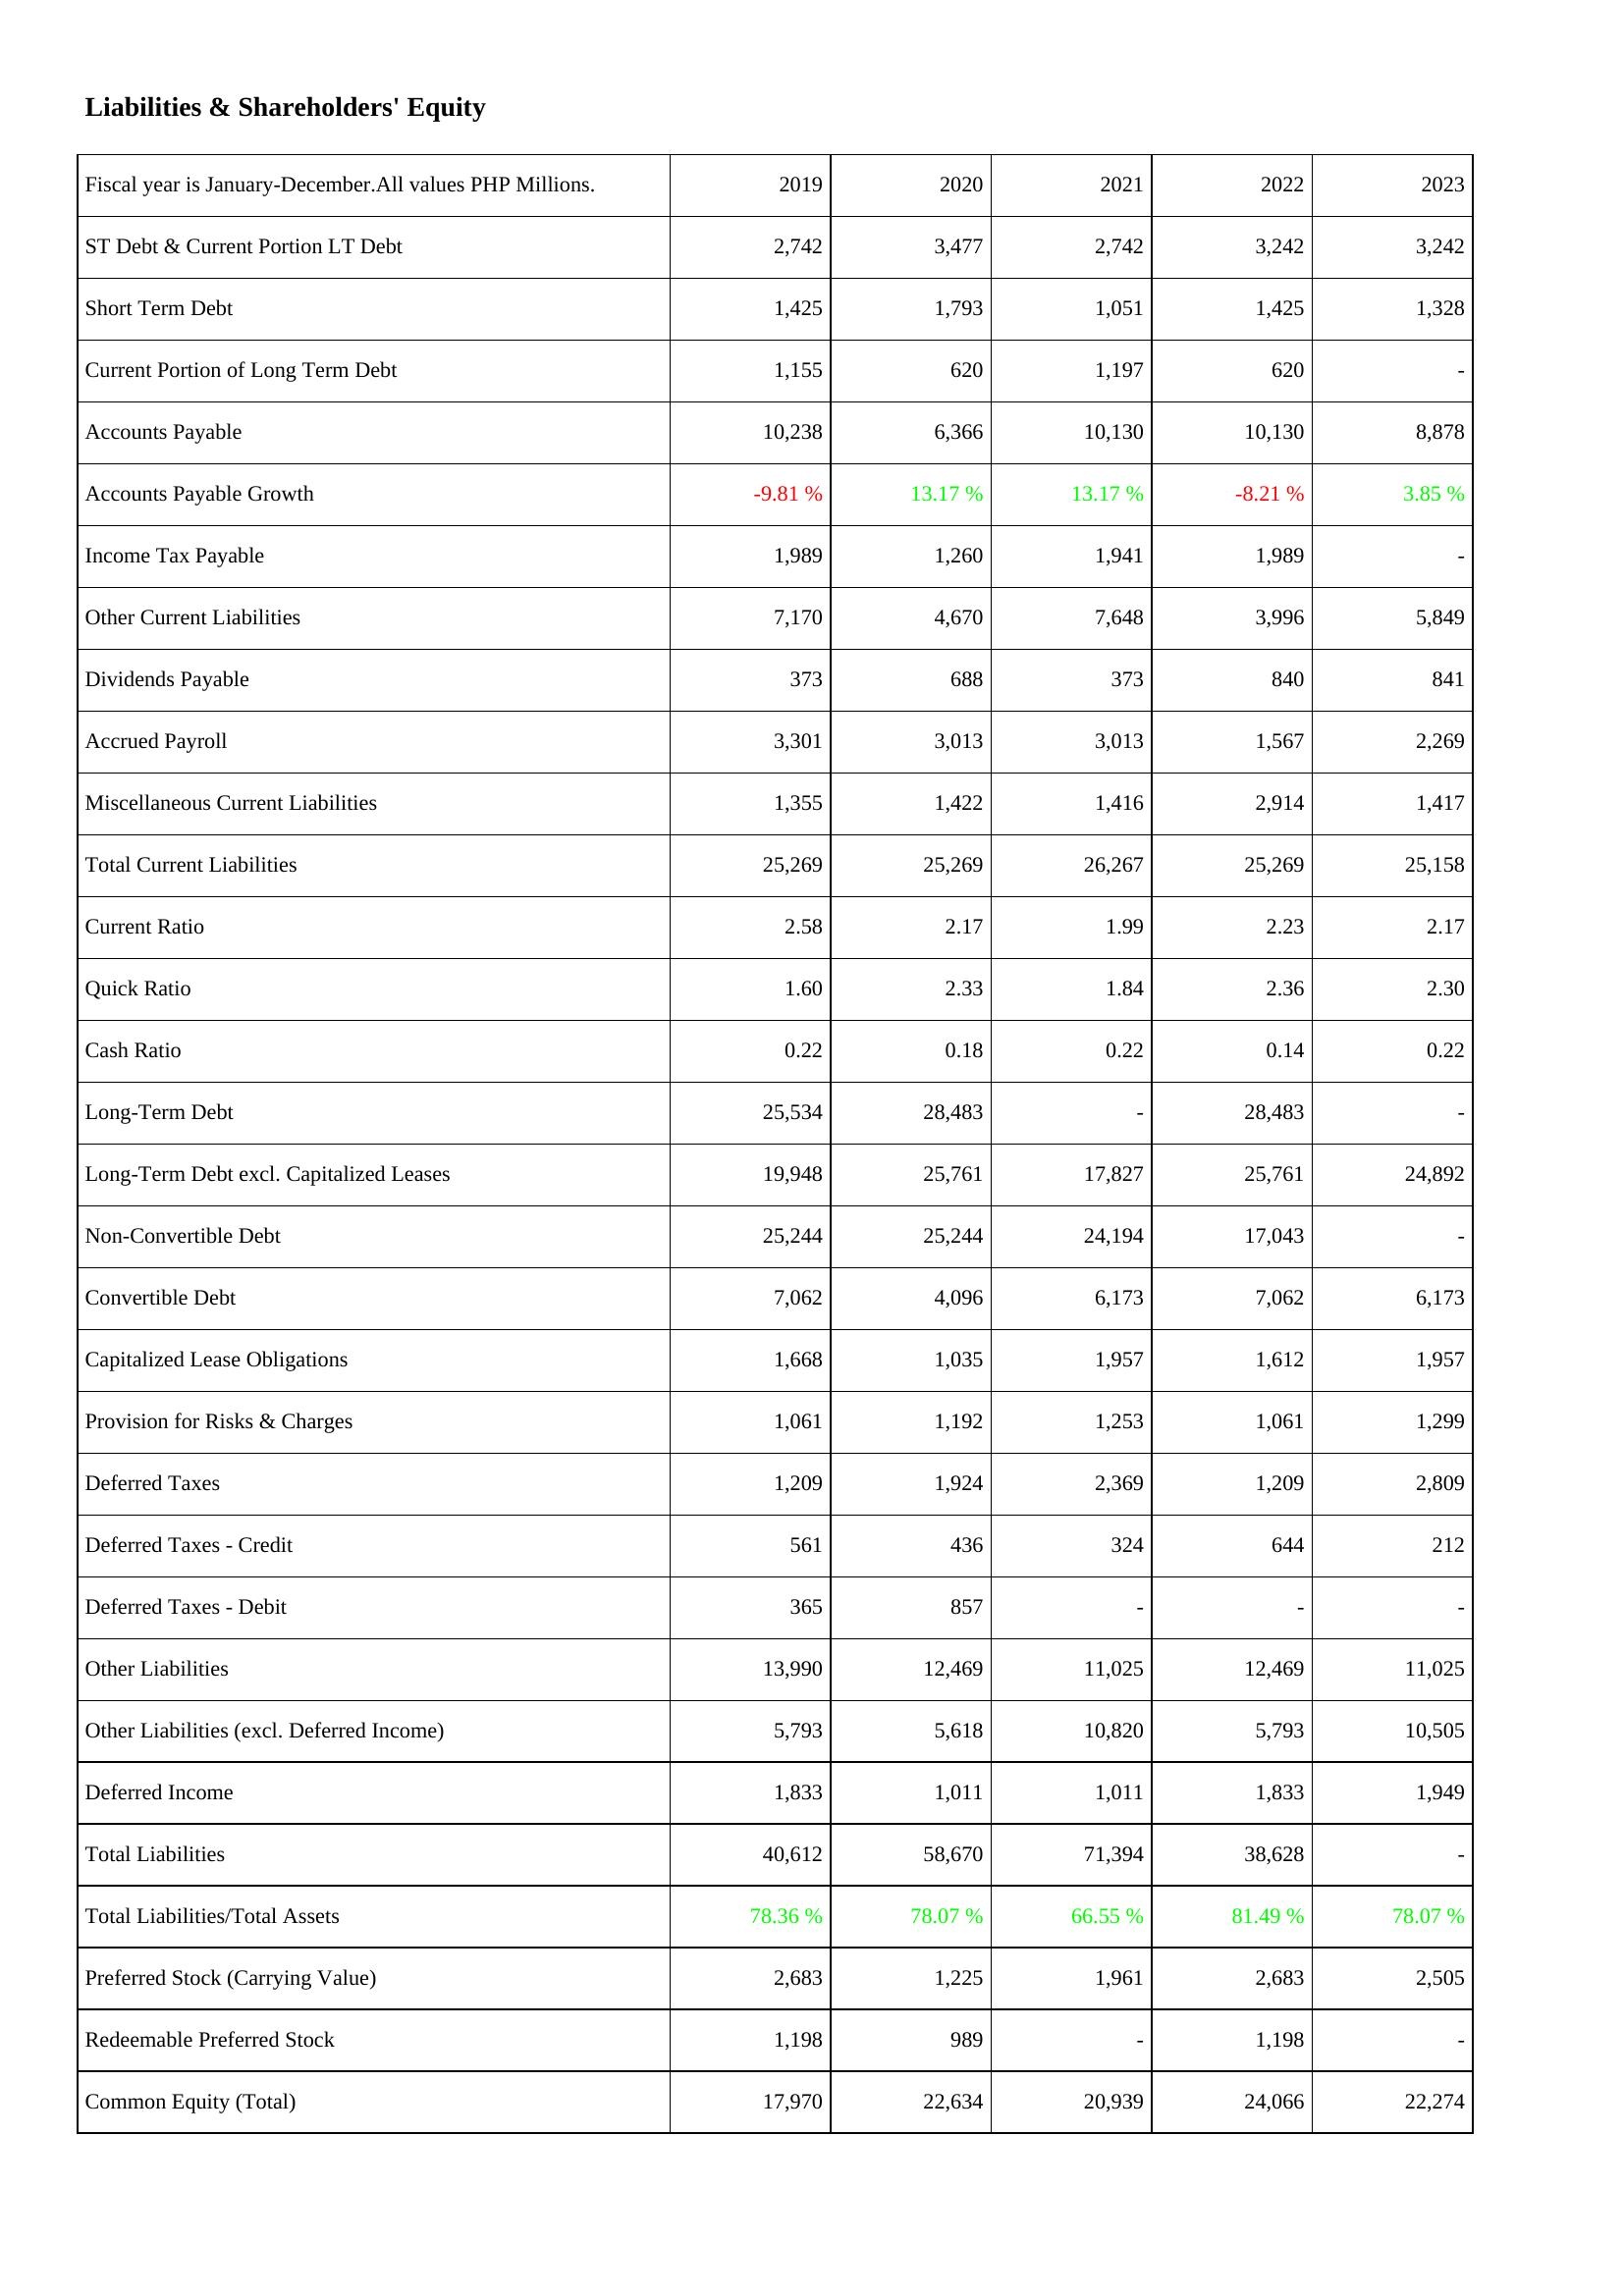
2019: Liabilities & Shareholders' Equity: ST Debt & Current Portion LT Debt: 2,742
Short Term Debt: 1,425
Current Portion of Long Term Debt: 1,155
Accounts Payable: 10,238
Accounts Payable Growth: -9.81 %
Income Tax Payable: 1,989
Other Current Liabilities: 7,170
Dividends Payable: 373
Accrued Payroll: 3,301
Miscellaneous Current Liabilities: 1,355
Total Current Liabilities: 25,269
Current Ratio: 2.58
Quick Ratio: 1.60
Cash Ratio: 0.22
Long-Term Debt: 25,534
Long-Term Debt excl. Capitalized Leases: 19,948
Non-Convertible Debt: 25,244
Convertible Debt: 7,062
Capitalized Lease Obligations: 1,668
Provision for Risks & Charges: 1,061
Deferred Taxes: 1,209
Deferred Taxes - Credit: 561
Deferred Taxes - Debit: 365
Other Liabilities: 13,990
Other Liabilities (excl. Deferred Income): 5,793
Deferred Income: 1,833
Total Liabilities: 40,612
Total Liabilities/Total Assets: 78.36 %
Preferred Stock (Carrying Value): 2,683
Redeemable Preferred Stock: 1,198
Common Equity (Total): 17,970
2020: Liabilities & Shareholders' Equity: ST Debt & Current Portion LT Debt: 3,477
Short Term Debt: 1,793
Current Portion of Long Term Debt: 620
Accounts Payable: 6,366
Accounts Payable Growth: 13.17 %
Income Tax Payable: 1,260
Other Current Liabilities: 4,670
Dividends Payable: 688
Accrued Payroll: 3,013
Miscellaneous Current Liabilities: 1,422
Total Current Liabilities: 25,269
Current Ratio: 2.17
Quick Ratio: 2.33
Cash Ratio: 0.18
Long-Term Debt: 28,483
Long-Term Debt excl. Capitalized Leases: 25,761
Non-Convertible Debt: 25,244
Convertible Debt: 4,096
Capitalized Lease Obligations: 1,035
Provision for Risks & Charges: 1,192
Deferred Taxes: 1,924
Deferred Taxes - Credit: 436
Deferred Taxes - Debit: 857
Other Liabilities: 12,469
Other Liabilities (excl. Deferred Income): 5,618
Deferred Income: 1,011
Total Liabilities: 58,670
Total Liabilities/Total Assets: 78.07 %
Preferred Stock (Carrying Value): 1,225
Redeemable Preferred Stock: 989
Common Equity (Total): 22,634
2021: Liabilities & Shareholders' Equity: ST Debt & Current Portion LT Debt: 2,742
Short Term Debt: 1,051
Current Portion of Long Term Debt: 1,197
Accounts Payable: 10,130
Accounts Payable Growth: 13.17 %
Income Tax Payable: 1,941
Other Current Liabilities: 7,648
Dividends Payable: 373
Accrued Payroll: 3,013
Miscellaneous Current Liabilities: 1,416
Total Current Liabilities: 26,267
Current Ratio: 1.99
Quick Ratio: 1.84
Cash Ratio: 0.22
Long-Term Debt: -
Long-Term Debt excl. Capitalized Leases: 17,827
Non-Convertible Debt: 24,194
Convertible Debt: 6,173
Capitalized Lease Obligations: 1,957
Provision for Risks & Charges: 1,253
Deferred Taxes: 2,369
Deferred Taxes - Credit: 324
Deferred Taxes - Debit: -
Other Liabilities: 11,025
Other Liabilities (excl. Deferred Income): 10,820
Deferred Income: 1,011
Total Liabilities: 71,394
Total Liabilities/Total Assets: 66.55 %
Preferred Stock (Carrying Value): 1,961
Redeemable Preferred Stock: -
Common Equity (Total): 20,939
2022: Liabilities & Shareholders' Equity: ST Debt & Current Portion LT Debt: 3,242
Short Term Debt: 1,425
Current Portion of Long Term Debt: 620
Accounts Payable: 10,130
Accounts Payable Growth: -8.21 %
Income Tax Payable: 1,989
Other Current Liabilities: 3,996
Dividends Payable: 840
Accrued Payroll: 1,567
Miscellaneous Current Liabilities: 2,914
Total Current Liabilities: 25,269
Current Ratio: 2.23
Quick Ratio: 2.36
Cash Ratio: 0.14
Long-Term Debt: 28,483
Long-Term Debt excl. Capitalized Leases: 25,761
Non-Convertible Debt: 17,043
Convertible Debt: 7,062
Capitalized Lease Obligations: 1,612
Provision for Risks & Charges: 1,061
Deferred Taxes: 1,209
Deferred Taxes - Credit: 644
Deferred Taxes - Debit: -
Other Liabilities: 12,469
Other Liabilities (excl. Deferred Income): 5,793
Deferred Income: 1,833
Total Liabilities: 38,628
Total Liabilities/Total Assets: 81.49 %
Preferred Stock (Carrying Value): 2,683
Redeemable Preferred Stock: 1,198
Common Equity (Total): 24,066
2023: Liabilities & Shareholders' Equity: ST Debt & Current Portion LT Debt: 3,242
Short Term Debt: 1,328
Current Portion of Long Term Debt: -
Accounts Payable: 8,878
Accounts Payable Growth: 3.85 %
Income Tax Payable: -
Other Current Liabilities: 5,849
Dividends Payable: 841
Accrued Payroll: 2,269
Miscellaneous Current Liabilities: 1,417
Total Current Liabilities: 25,158
Current Ratio: 2.17
Quick Ratio: 2.30
Cash Ratio: 0.22
Long-Term Debt: -
Long-Term Debt excl. Capitalized Leases: 24,892
Non-Convertible Debt: -
Convertible Debt: 6,173
Capitalized Lease Obligations: 1,957
Provision for Risks & Charges: 1,299
Deferred Taxes: 2,809
Deferred Taxes - Credit: 212
Deferred Taxes - Debit: -
Other Liabilities: 11,025
Other Liabilities (excl. Deferred Income): 10,505
Deferred Income: 1,949
Total Liabilities: -
Total Liabilities/Total Assets: 78.07 %
Preferred Stock (Carrying Value): 2,505
Redeemable Preferred Stock: -
Common Equity (Total): 22,274